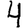
Digit: 4